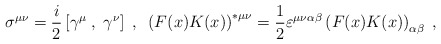
\begin{align*}\sigma^{\mu \nu}=\frac{i}{2}\left[\gamma^{\mu}\;,\;\gamma^{\nu}\right]\;,\;\;\left(F(x)K(x)\right)^{\ast \mu \nu}=\frac{1}{2}\varepsilon^{\mu \nu\alpha \beta}\left(F(x)K(x)\right)_{\alpha \beta}\;,\end{align*}